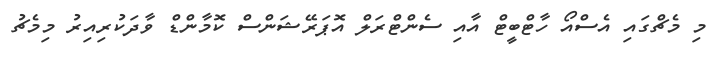
މި މެޗްގައި އެސްއޯ ހާޓްބީޓް އާއި ސެންޓްރަލް އޮޕަރޭޝަންސް ކޮމާންޑް ވާދަކުރިއިރު މިމެޗު